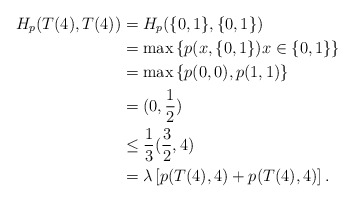
\begin{align*}H_p(T(4),T(4))&=H_p(\{0,1\},\{0,1\})\\&=\max\left\{p(x,\{0,1\})x\in\{0,1\}\right\}\\&=\max\left\{p(0,0),p(1,1)\right\}\\&=(0,\frac{1}{2})\\&\leq\frac{1}{3}(\frac{3}{2},4)\\&=\lambda\left[p(T(4),4)+p(T(4),4)\right].\end{align*}